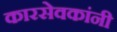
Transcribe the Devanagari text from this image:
कारसेवकांनी